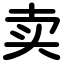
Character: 卖